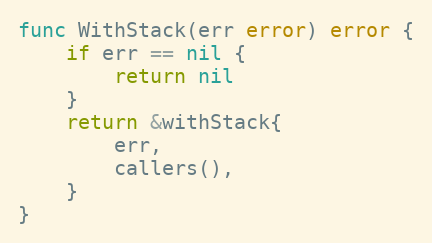
Language: Go
func WithStack(err error) error {
	if err == nil {
		return nil
	}
	return &withStack{
		err,
		callers(),
	}
}